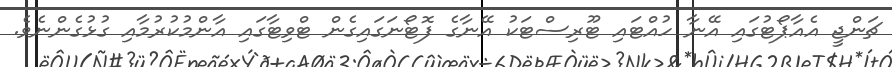
ޗަންޖީ އެއާޕޯޓުގައި އޭނާ ހުއްޓައި ޓޫރިސްޓަކު އޭނާގެ ފޮޓޯނަގައިގެން ޓްވިޓާގައި އާންމުކުރުމާއި ގުޅުގެންނެވެ.